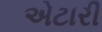
એટારી